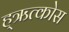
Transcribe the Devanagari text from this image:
ह्ऋत्कोस